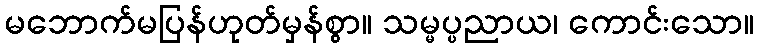
မဘောက်မပြန်ဟုတ်မှန်စွာ။ သမ္မပ္ပညာယ၊ ကောင်းသော။